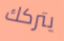
يتركك